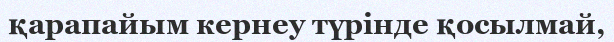
қарапайым кернеу түрінде қосылмай,